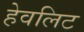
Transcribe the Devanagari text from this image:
हेवलिट